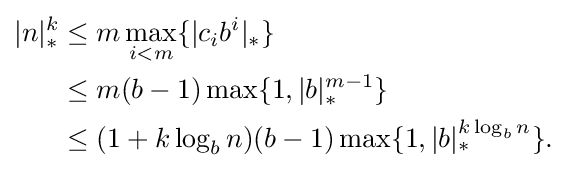
{\begin{aligned}|n|_{*}^{k}&\leq m\max _{i<m}\{|c_{i}b^{i}|_{*}\}\\&\leq m(b-1)\max\{1,|b|_{*}^{m-1}\}\\&\leq (1+k\log _{b}n)(b-1)\max\{1,|b|_{*}^{k\log _{b}n}\}.\end{aligned}}